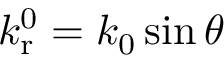
k _ { \mathrm { r } } ^ { 0 } = k _ { 0 } \sin \theta